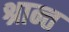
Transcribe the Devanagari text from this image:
श्रान्त